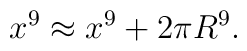
x^9 \approx x^9 + 2 \pi R^9.